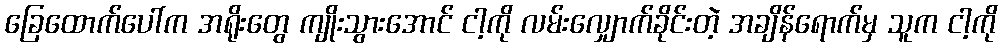
ခြေထောက်ပေါ်က အရိုးတွေ ကျိုးသွားအောင် ငါ့ကို လမ်းလျှောက်ခိုင်းတဲ့ အချိန်ရောက်မှ သူက ငါ့ကို